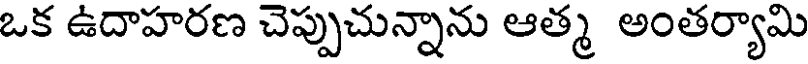
ఒక ఉదాహరణ చెప్పుచున్నాను ఆత్మ అంతర్యామి